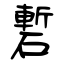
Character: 磛